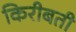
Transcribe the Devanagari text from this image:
किरीबती